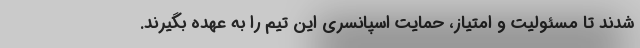
شدند تا مسئولیت و امتیاز، حمایت اسپانسری این تیم را به عهده بگیرند.